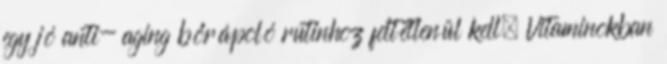
egy jó anti- aging bőrápoló rutinhoz feltétlenül kell. Vitaminokban